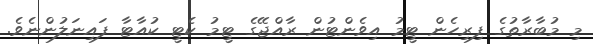
މި މުބާރާތުގެ ފިރިހެން ޓީމު އިވެންޓުން ރާއްޖޭގެ ޓީމު ކެޓީ ކުއާޓާ ފައިނަލުންނެވެ.